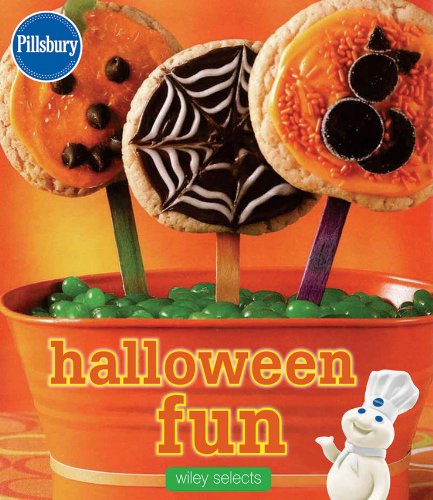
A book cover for Pillsbury Halloween Fun: HMH Selects (Pillsbury Cooking); Pillsbury Editors; Cookbooks, Food & Wine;